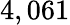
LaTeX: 4,061